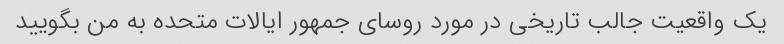
یک واقعیت جالب تاریخی در مورد روسای جمهور ایالات متحده به من بگویید